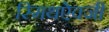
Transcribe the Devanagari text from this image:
स्मिथऐवजी